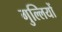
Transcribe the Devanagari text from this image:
गुल्लियों